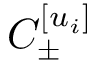
C _ { \pm } ^ { [ u _ { i } ] }